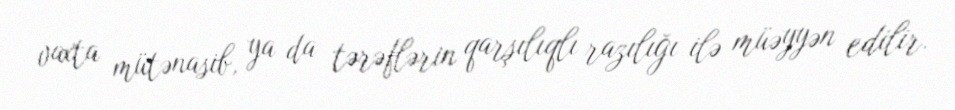
vaxta mütənasib, ya da tərəflərin qarşılıqlı razılığı ilə müəyyən edilir.